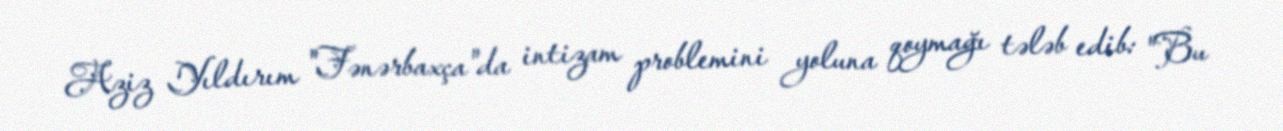
Aziz Yıldırım "Fənərbaxça"da intizam problemini yoluna qoymağı tələb edib: "Bu